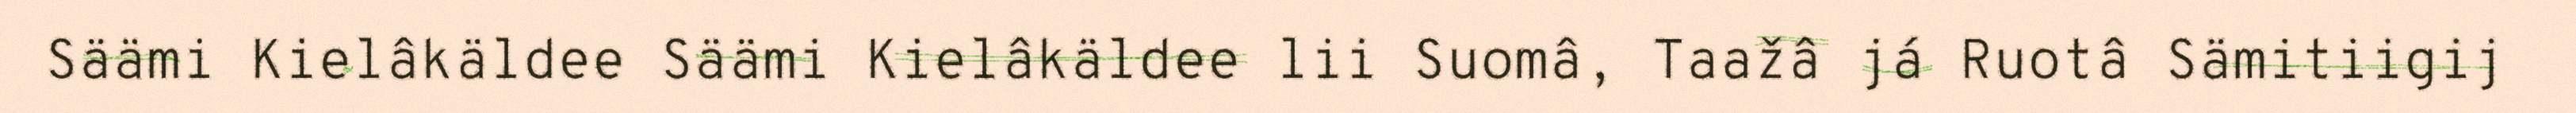
Säämi Kielâkäldee Säämi Kielâkäldee lii Suomâ, Taažâ já Ruotâ Sämitiigij